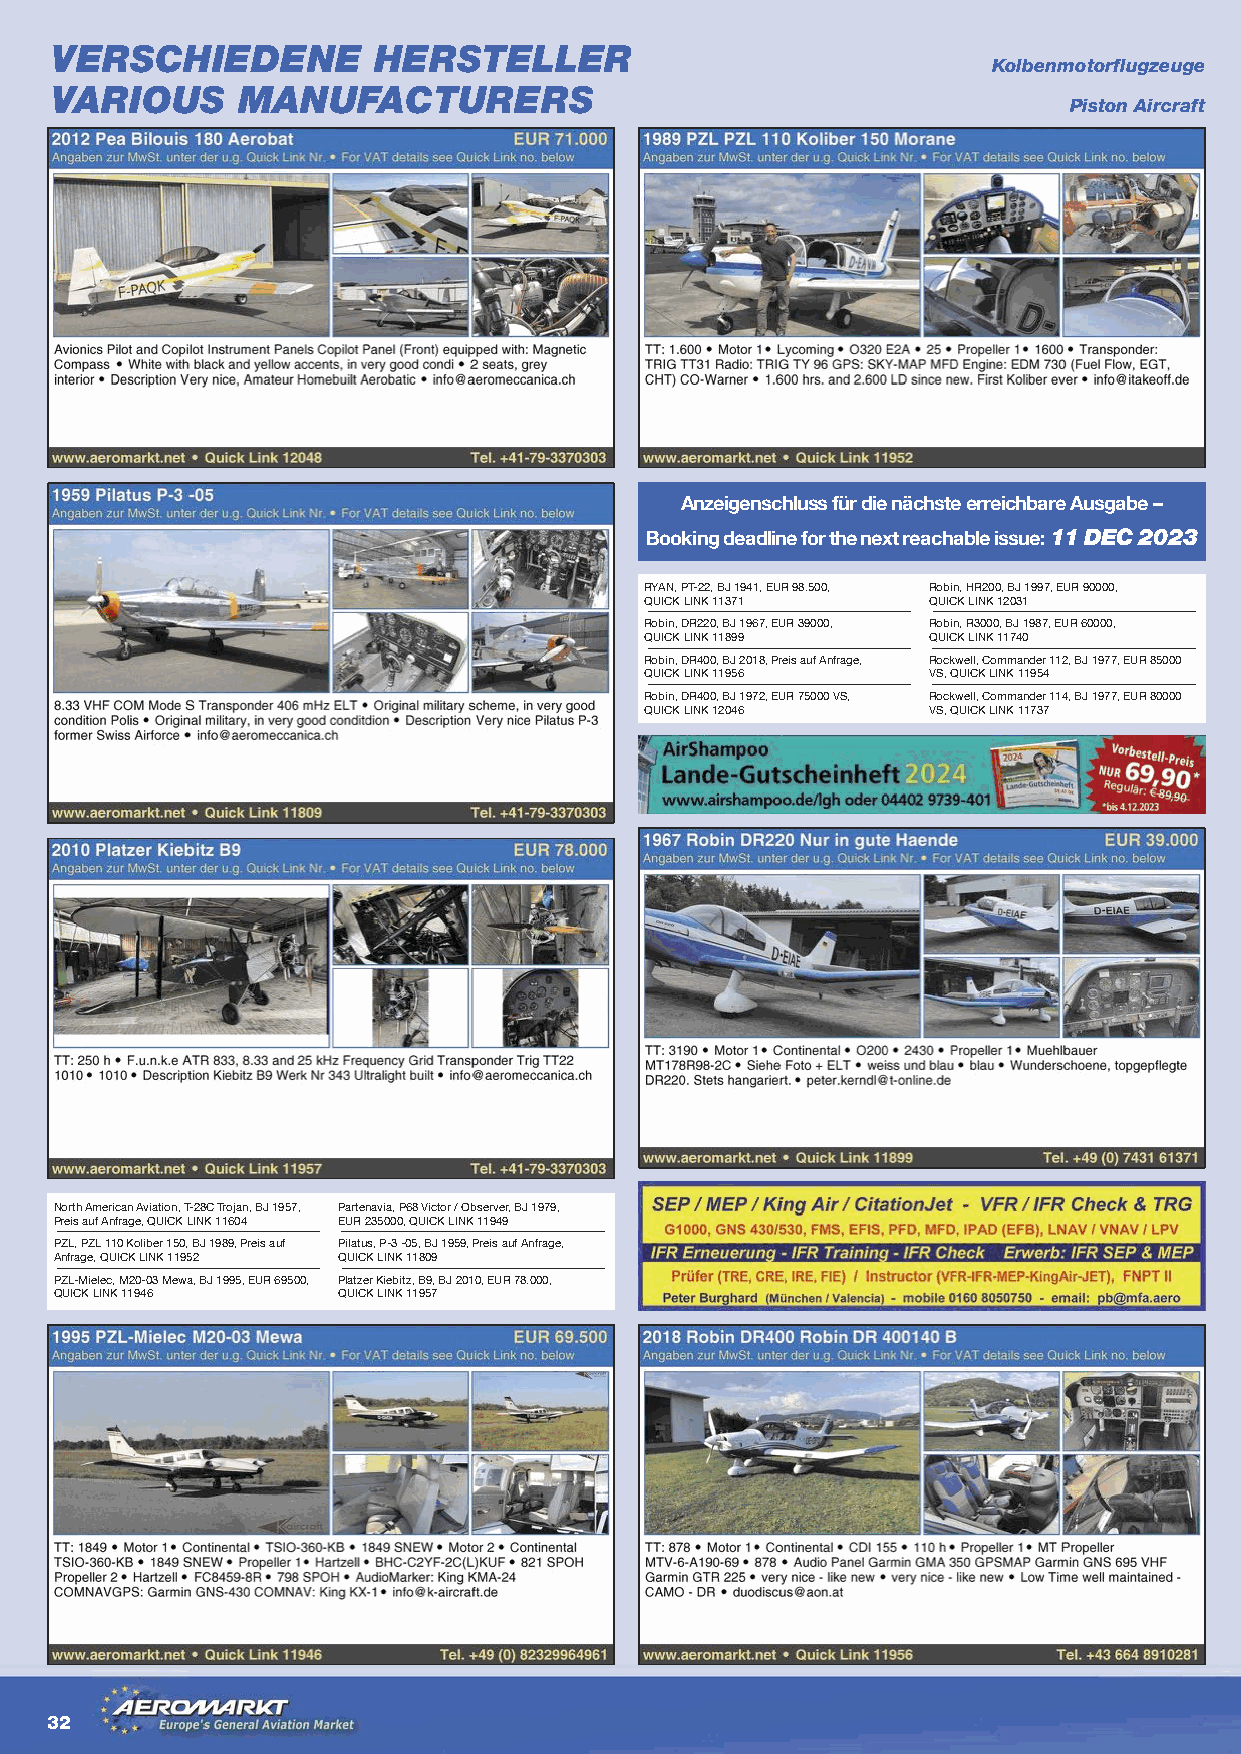
VERSCHIEDENE          HERSTELLER
 Kolbenmotorflugzeuge
 VARIOUS      MANUFACTURERS
 Piston Aircraft
 Anzeigenschluss für die nächste erreichbare Ausgabe –
 Booking deadline for the next reachable issue: 11 DEC 2023
 RYAN, PT-22, BJ 1941, EUR 98.500, Robin, HR200, BJ 1997, EUR 90000,
 QUICK LINK 11371  QUICK LINK 12031
 Robin, DR220, BJ 1967, EUR 39000, Robin, R3000, BJ 1987, EUR 60000,
 QUICK LINK 11899  QUICK LINK 11740
 Robin, DR400, BJ 2018, Preis auf Anfrage, Rockwell, Commander 112, BJ 1977, EUR 85000
 QUICK LINK 11956  VS, QUICK LINK 11954
 Robin, DR400, BJ 1972, EUR 75000 VS, Rockwell, Commander 114, BJ 1977, EUR 80000
 QUICK LINK 12046  VS, QUICK LINK 11737
 North American Aviation, T-28C Trojan, BJ 1957, Partenavia, P68 Victor / Observer, BJ 1979,
 Preis auf Anfrage, QUICK LINK 11604 EUR 235000, QUICK LINK 11949
 PZL, PZL 110 Koliber 150, BJ 1989, Preis auf Pilatus, P-3 -05, BJ 1959, Preis auf Anfrage,
 Anfrage, QUICK LINK 11952 QUICK LINK 11809
 PZL-Mielec, M20-03 Mewa, BJ 1995, EUR 69500, Platzer Kiebitz, B9, BJ 2010, EUR 78.000,
 QUICK LINK 11946  QUICK LINK 11957
 32